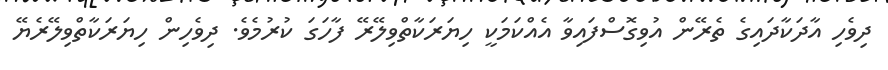
ދިވެހި އާދަކާދައިގެ ތެރޭން އުވިގޮސްފައިވާ އެއްކަމަކީ ހިޔަރަކާތްވިލޭރޭ ފާހަގަ ކުރުމެވެ. ދިވެހިން ހިޔަރަކާތްވިލޭރެޔޭ